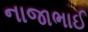
નાજાભાઈ